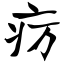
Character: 疠